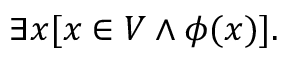
\exists x [ x \in V \land \phi ( x ) ] .